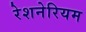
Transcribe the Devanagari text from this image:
रेशनेरियम